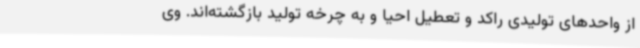
از واحدهای تولیدی راکد و تعطیل احیا و به چرخه تولید بازگشته‌اند. وی